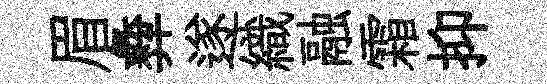
眉彜遂織融霜抑